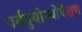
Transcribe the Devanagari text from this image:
पर्यनुयोज्योपेक्षण